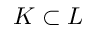
K \subset L